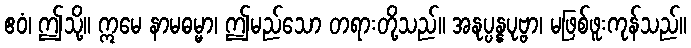
ဧဝံ၊ ဤသို့။ ဣမေ နာမဓမ္မာ၊ ဤမည်သော တရားတို့သည်။ အနုပ္ပန္နပုဗ္ဗာ၊ မဖြစ်ဖူးကုန်သည်။